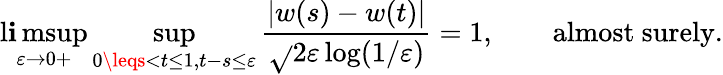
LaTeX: \operatorname*{l\mathbf{i}msup}_{\varepsilon\to0+}\operatorname*{sup}_{0\leqs<t\leq1,t-s\leq\varepsilon}{\frac{{|w(s)-w(t)|}}{{\sqrt{}{{2\varepsilon\log(1/\varepsilon)}}}}}=1,\qquad{\mathrm{{almost~surely}}}.